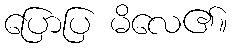
ပြောပြ မိလေ၏။